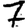
Digit: 7